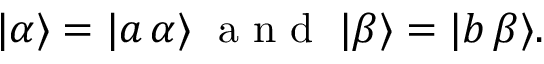
\begin{array} { r } { | \alpha \rangle = | a \, \alpha \rangle \; \mathrm { ~ a ~ n ~ d ~ } \; | \beta \rangle = | b \, \beta \rangle . } \end{array}